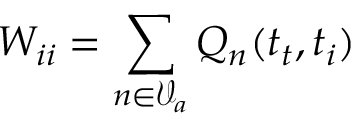
W _ { i i } = \sum _ { n \in \mathcal { V } _ { a } } Q _ { n } ( t _ { t } , t _ { i } )